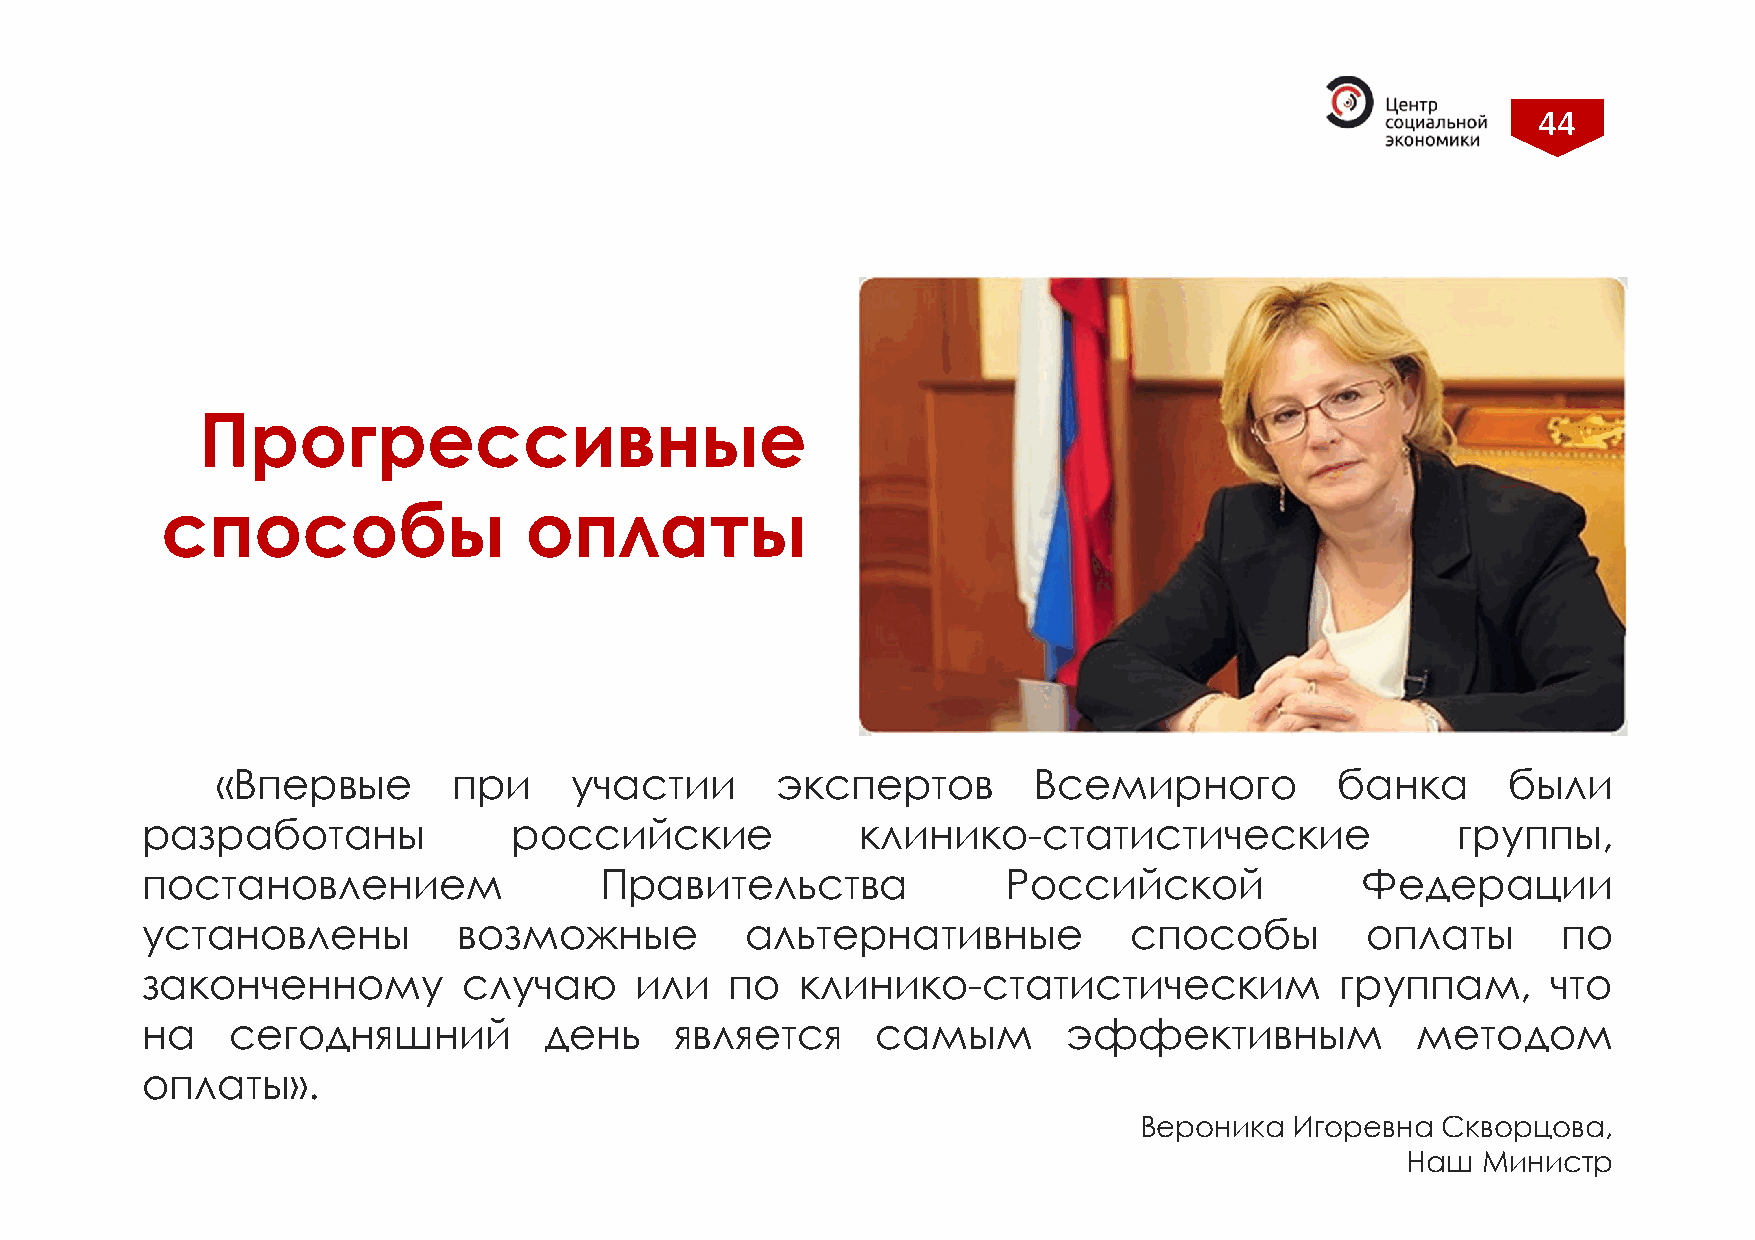
44
 Прогрессивные
 способы                 оплаты
 «Впервые        при     участии      экспертов        Всемирного           банка      были
 разработаны              российские             клинико-статистические                 группы,
 постановлением                 Правительства              Российской             Федерации
 установлены          возможные          альтернативные            способы        оплаты       по
 законченному          случаю     или   по   клинико-статистическим              группам,      что
 на    сегодняшний          день     является     самым        эффективным            методом
 оплаты».
 Вероника   Игоревна Скворцова,
 Наш  Министр